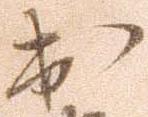
出